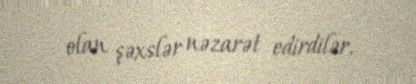
olan şəxslər nəzarət edirdilər.